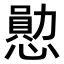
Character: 𪬩